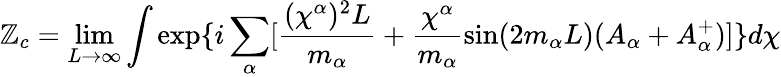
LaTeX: \mathbb{Z}_{c}=\operatorname*{lim}_{L\rightarrow\infty}\int\exp\{ i\sum_{\alpha}[\frac{{(\chi^{\alpha})^{2}L}}{{m_{\alpha}}}+\frac{{\chi^{\alpha}}}{{m_{\alpha}}}\sin(2m_{\alpha}L)(A_{\alpha}+A_{\alpha}^{+})]\} d\chi